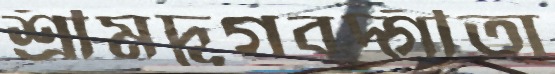
শ্রীমদ্ভগবদ্গীতা